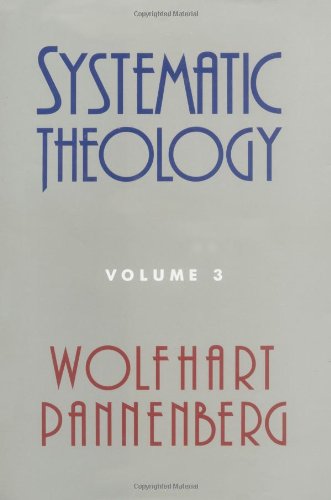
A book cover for Systematic Theology (Volume 3); Wolfhart Pannenberg; Christian Books & Bibles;